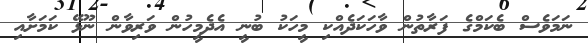
ނަމަވެސް ބެކަމްގެ ފަރާތުން ވާހަކަދެއްކި މީހަކު ބުނީ އެދެމީހުން ވަރިވާން ނޫޅޭ ކަމަށާއި